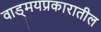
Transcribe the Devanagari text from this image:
वाड्मयप्रकारातील